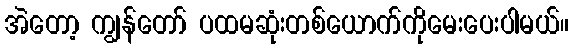
အဲတော့ ကျွန်တော် ပထမဆုံးတစ်ယောက်ကိုမေးပေးပါမယ်။